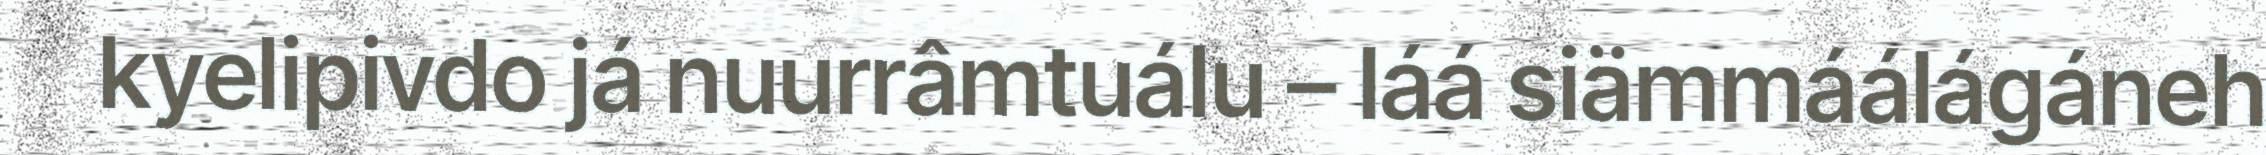
kyelipivdo já nuurrâmtuálu – láá siämmáálágáneh